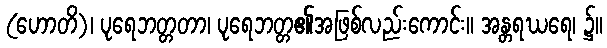
(ဟောတိ)၊ ပုရေဘတ္တတာ၊ ပုရေဘတ္တ၏အဖြစ်လည်းကောင်း။ အန္တရဃရေ၊ ၌။